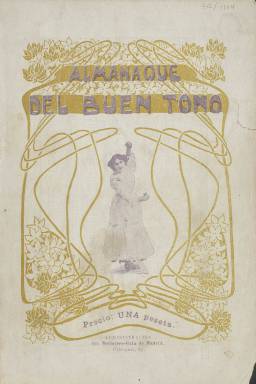
Título: Almanaque del buen tono
Colección: Almanaques || Etiqueta
Ámbito geográfico: Madrid
Lugar de publicación: Madrid
Fechas: 01/01/1902-31/12/1904

El primer anuario de este título se publicó en 1902 y hay otros dos más de 1903 y 1904 en la colección de la Biblioteca Nacional de España (BNE). El primero es un volumen de 148 páginas y los otros dos de 172 incluyendo numerosas inserciones publicitarias comerciales. Aparece indicado como editor Administración del Noticiero-Guía de Madrid, nombre este de otro anuario que estuvo publicándose desde 1897 a 1946 y que asimismo integra los fondos hemerográficos de la BNE. El almanaque de 1903 indica en su cabecera que está “arreglado por el Vizconde de Caireles”, con la colaboración de distinguidos escritores y artistas”, y se le atribuye su dirección al escritor festivo Juan Pérez Zúñiga (1860-1938). El anuario de 1902 indica que está “arreglado por el Vizconde de Esse”.

    Con una cubierta ilustrada, las publicaciones comienzan con el almanaque en sí, con los meses y el santoral de los días, para después insertar artículos referidos a los lemas que indica también en su portada: “trato social, arte de saber vivir, amenidades”, como son el lenguaje de la sombrilla, el servicio de la mesa, los banquetes, el arreglo de macetas, el vestido, bailes y reuniones, coquetería, peinados o mobiliario. También publican algunos textos de creación literaria, tanto en prosa como alguno en verso.

La parte gráfica resulta interesante, como son, entre otros, los fotograbados y dibujos que acompañan en el número de 1903 al reportaje dedicado a los jardines del Palacio Real de Madrid, las fotografías de los reyes de Inglaterra, Eduardo VII, y de Italia, Víctor Manuel II y Elena, así como otros retratos de artistas, como Miss D’Alenxon, Paola del Monte o la diva Hariclea Darclée, que actuará esa temporada en el Teatro Real madrileño. También inserta algunos chistes no gráficos y otros dibujos.

Asimismo, es de interés las historietas gráficas que publica, obra de los dibujantes Joaquín Xaudaró (1872-1933) o Teodoro Gascón Baquero (1853-1926). Los autores de sus textos son Eduardo Blasco, Luis Taboada, J. Práxedes Castro y Martín y A.R. Bonnat. Otras firmas son Chambrún, Pagés, Vizconde Castro Les, o las iniciales V.C.L. o E.C.

[Descripción modificada el 10/10/2022]